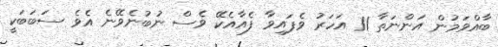
ބާއްވަމުން އަންނަތާ 11 އަހަރު ވެފައިވާ ފެއާއެކޭ ވެސް ނުބުނެވޭނެ އެވެ ސަބަބަކީ